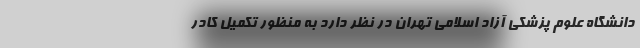
دانشگاه علوم پزشکی آزاد اسلامی تهران در نظر دارد به منظور تکمیل کادر